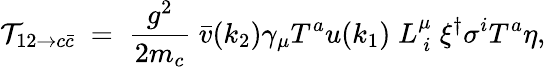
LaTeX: {\cal T}_{12\to c\bar{c}}\; =\; {\frac{g^{2}}{2m_{c}}}\; {\bar{v}}(k_{2})\gamma_{\mu}T^{a}u(k_{1})\; L_{\ i}^{\mu}\; \xi^{\dagger}\sigma^{i}T^{a}\eta,